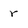
Character: r